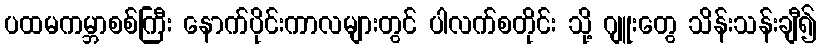
ပထမကမ္ဘာစစ်ကြီး နောက်ပိုင်းကာလများတွင် ပါလက်စတိုင်း သို့ ဂျူးတွေ သိန်းသန်းချီ၍